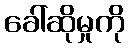
ခေါ်ဆိုမှုကို